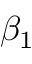
\beta _ { 1 }